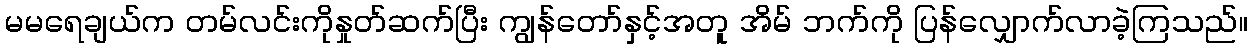
မမရေချယ်က တမ်လင်းကိုနှုတ်ဆက်ပြီး ကျွန်တော်နှင့်အတူ အိမ် ဘက်ကို ပြန်လျှောက်လာခဲ့ကြသည်။